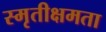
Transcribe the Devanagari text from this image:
स्मृतीक्षमता